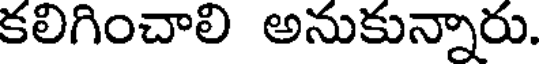
కలిగించాలి అనుకున్నారు.